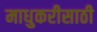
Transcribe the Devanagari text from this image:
माधुकरीसाठी